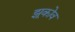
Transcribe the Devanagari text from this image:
झूकोव